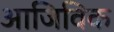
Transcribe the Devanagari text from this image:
आजिविक